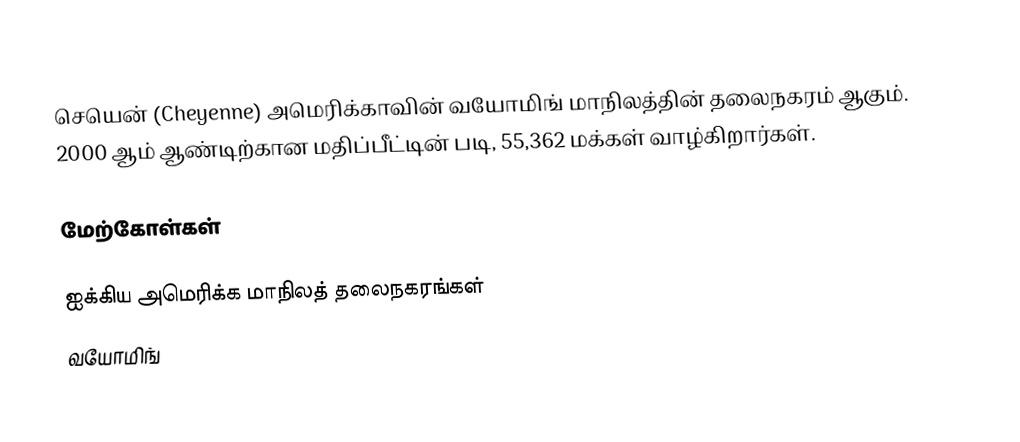
செயென் (Cheyenne) அமெரிக்காவின் வயோமிங் மாநிலத்தின் தலைநகரம் ஆகும். 2000 ஆம் ஆண்டிற்கான மதிப்பீட்டின் படி, 55,362 மக்கள் வாழ்கிறார்கள்.

மேற்கோள்கள்

ஐக்கிய அமெரிக்க மாநிலத் தலைநகரங்கள்
வயோமிங்